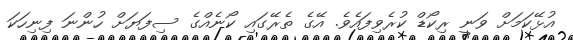
އުޅޭކަމަށް ވަނީ ރިކޯޑް ކުރެވިފައެވެ. އޭގެ ތެރޭގައި ކޯނެއްގެ ސިފަޔަށް ހުންނަ ފިނިހަކަ